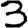
Digit: 3